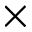
\times